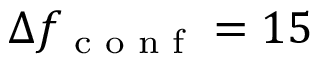
\Delta f _ { \textrm { c o n f } } = 1 5